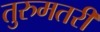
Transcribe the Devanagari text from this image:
तुरुमतरी